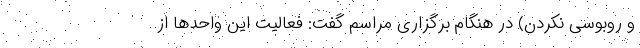
و روبوسی نکردن) در هنگام برگزاری مراسم گفت: فعالیت این واحد‌ها از